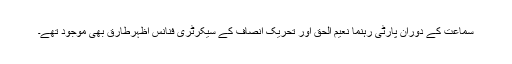
سماعت کے دوران پارٹی رہنما نعیم الحق اور تحریک انصاف کے سیکرٹری فنانس اظہرطارق بھی موجود تھے۔